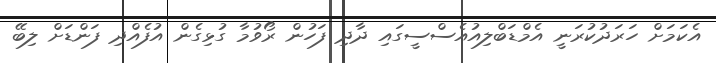
އެކަމަށް ހަރަދުކުރަނީ އެމްޑަބްލިއުއެސްސީގައި ދާދި ފަހުން ރޯވުމާ ގުޅިގެން އުފެއްދި ފަންޑަށް ލިބޭ